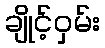
ချိုင့်ဝှမ်း